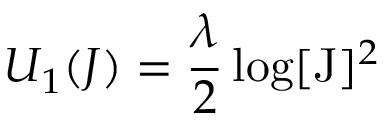
U _ { 1 } ( J ) = \frac { \lambda } { 2 } \log [ \mathrm { J } ] ^ { 2 }